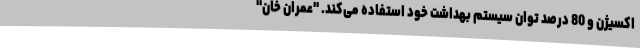
اکسیژن و 80 درصد توان سیستم بهداشت خود استفاده می‌کند. "عمران خان"